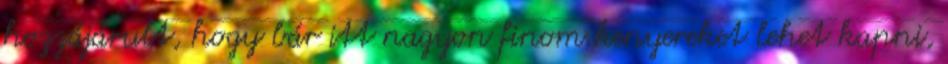
hozzájárult, hogy bár itt nagyon finom kenyereket lehet kapni,